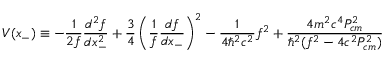
V ( x _ { - } ) \equiv - \frac { 1 } { 2 f } \frac { d ^ { 2 } f } { d x _ { - } ^ { 2 } } + \frac { 3 } { 4 } \left( \frac { 1 } { f } \frac { d f } { d x _ { - } } \right) ^ { 2 } - \frac { 1 } { 4 { \hbar } ^ { 2 } c ^ { 2 } } f ^ { 2 } + \frac { 4 m ^ { 2 } c ^ { 4 } P _ { c m } ^ { 2 } } { { \hbar } ^ { 2 } ( f ^ { 2 } - 4 c ^ { 2 } P _ { c m } ^ { 2 } ) }